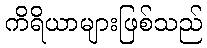
ကိရိယာများဖြစ်သည်